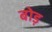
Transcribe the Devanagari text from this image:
बोड़